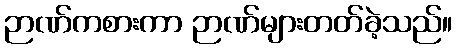
ဉာဏ်ကစားကာ ဉာဏ်များတတ်ခဲ့သည်။